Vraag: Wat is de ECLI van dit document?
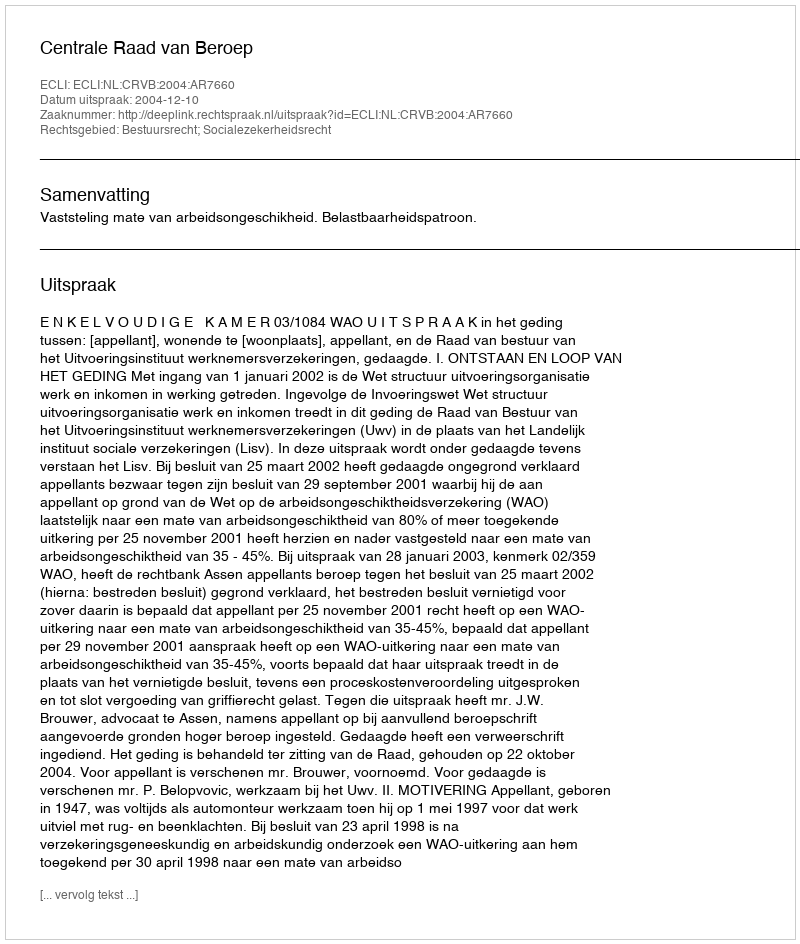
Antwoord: ECLI:NL:CRVB:2004:AR7660